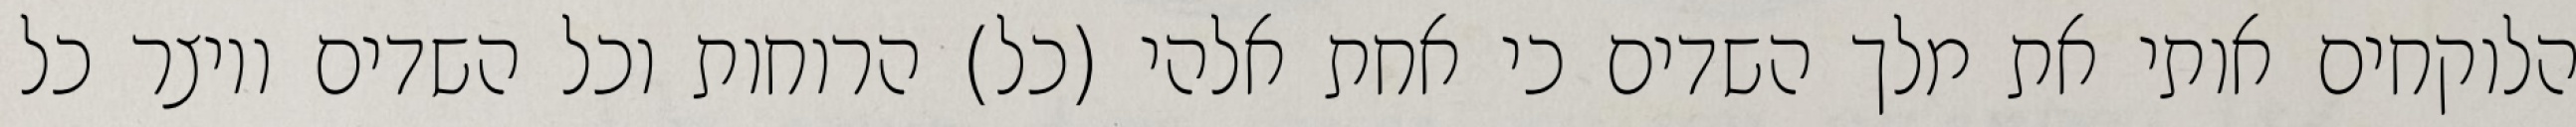
הלוקחים אותי את מלך השדים כי אחת אלהי (כל) הרוחות וכל השדים ויוצר כל